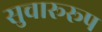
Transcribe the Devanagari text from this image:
सुचारूरूप